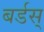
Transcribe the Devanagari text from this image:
बर्डस्